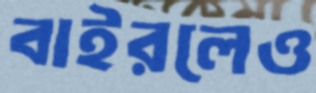
বাইরলেও